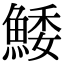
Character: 鯘